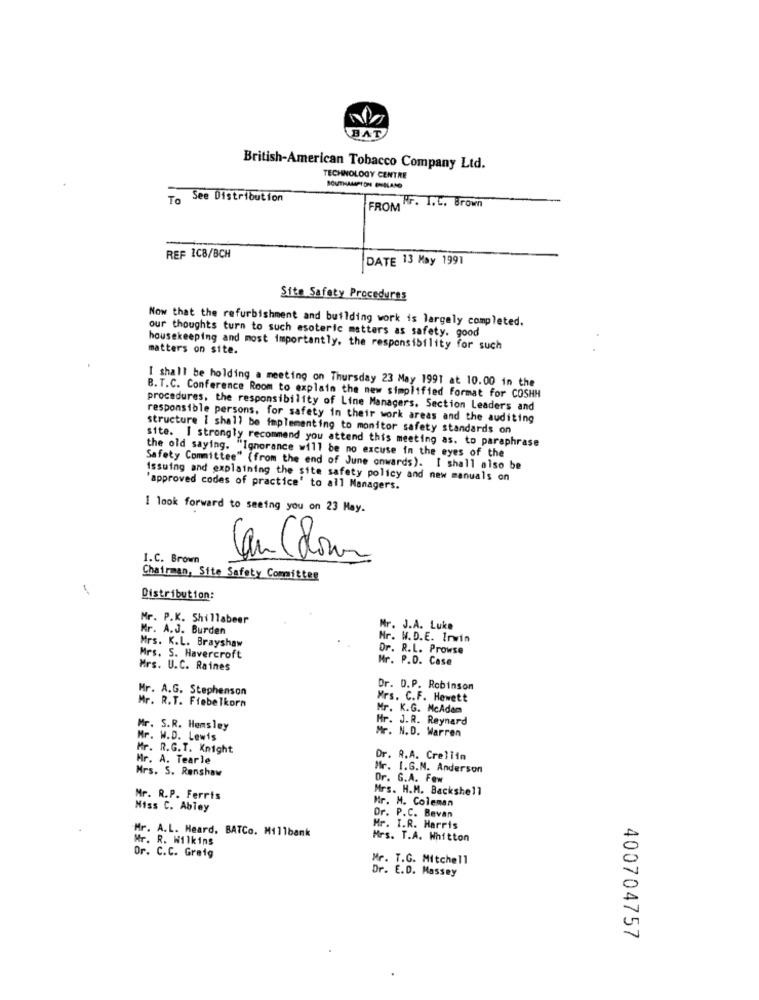
BAT
British-American Tobacco Company Ltd.
TECHNOLOGY CENTRE
SOUTHAMPTON EHILANO
To
See Distribution
FROM F. I.C. Brown
REF IC8/BCH
DATE 13 May 1991
Site Safety Procedures
Now that the refurbishment and building work is largely completed.
our thoughts turn to such esoteric matters as safety. good
housekeeping and most importantly, the responsibility for such
matters on site.
I shall be holding a meeting on Thursday 23 May 1991 at 10.00 in the
B. T.C. Conference Room to explain the new simplified format for COSHH
procedures, the responsibility of Line Managers. Section Leaders and
responsible persons, for safety in their work areas and the auditing
structure I shall be implementing to monitor safety standards on
site. I strongly recommend you attend this meeting as. to paraphrase
the old saying. "Ignorance will be no excuse in the eyes of the
Safety Committee" (from the end of June onwards). I shall also be
Issuing and explaining the site safety policy and new manuals on
'approved codes of practice' to all Managers.
I look forward to seeing you on 23 May.
Can Colon
I.C. Brown
Chairman, Site Safety Committee
Distribution:
Mr. P.K. Shillabeer
Mr. A.J. Burden
Mr. J.A. Luke
Mrs. K.L. Brayshaw
Nr. W.D.E. Irwin
Dr. R.L. Prowse
Mrs. S. Havercroft
Mr. P.D. Case
Mrs. U.C. Raines
Mr. A.G. Stephenson
Dr. D.P. Robinson
Mrs. C.F. Hewett
Mr. R.T. Ffebelkorn
Mr. K.G. McAdom
Hr. J.R. Reynard
Mr. S.R. Hemsley
Mr. N.D. Warren
Mr. W.D. Lewis
Mr. R.G.T. Knight
Mr. A. Tearle
Dr. R.A. Creliin
Mrs. S. Renshaw
Mr. I.G.N. Anderson
Dr. G.A. Few
Mrs. H.M. Backshell
Mr. R.P. Ferris
Mr. M. Coleman
Miss C. Abley
Dr. P.C. Bevan
Mr. A.L. Heard. BATCo. Millbank
Mr. I.R. Harris
Mr. R. Wilkins
Mrs. T.A. Whitton
Or. C.C. Graig
Mr. T.G. Mitchell
Dr. E.D. Massey
400704757